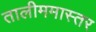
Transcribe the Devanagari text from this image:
तालीममास्तर